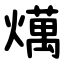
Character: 燤